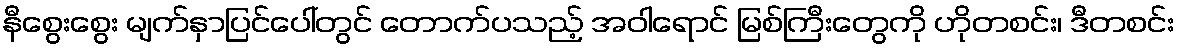
နီစွေးစွေး မျက်နှာပြင်ပေါ်တွင် တောက်ပသည့် အဝါရောင် မြစ်ကြီးတွေကို ဟိုတစင်း၊ ဒီတစင်း